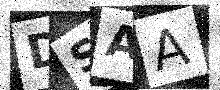
Text: DSAA